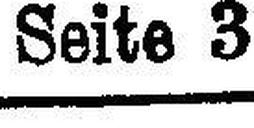
Seite 3